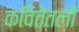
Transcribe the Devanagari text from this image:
कवितेतली